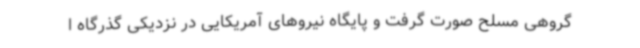
گروهی مسلح صورت گرفت و پایگاه نیروهای آمریکایی در نزدیکی گذرگاه ا